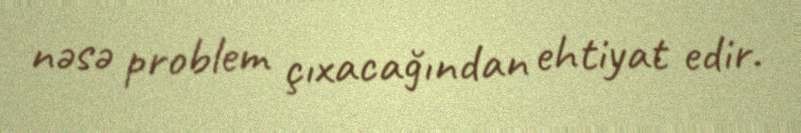
nəsə problem çıxacağından ehtiyat edir.